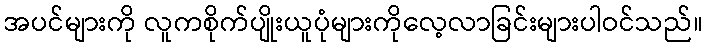
အပင်များကို လူကစိုက်ပျိုးယူပုံများကိုလေ့လာခြင်းများပါဝင်သည်။